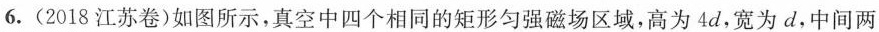
6.(2018江苏卷)如图所示，真空中四个相同的矩形匀强磁场区域，高为4d，宽为d，中间